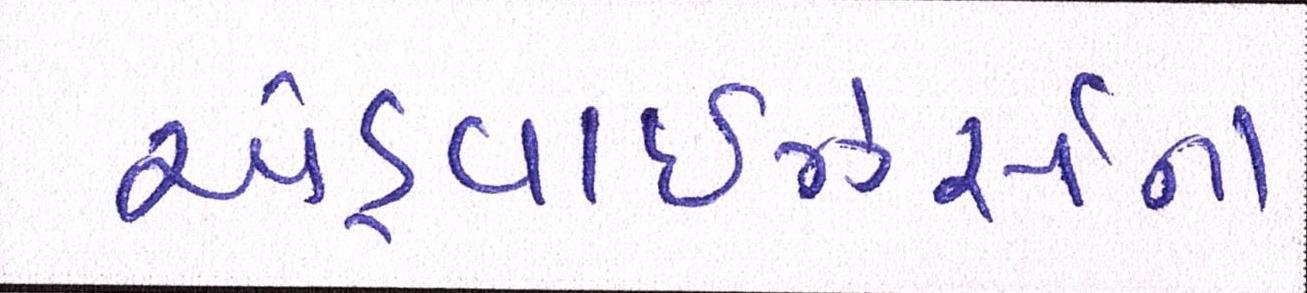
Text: એડ્વાઇઝર્સના